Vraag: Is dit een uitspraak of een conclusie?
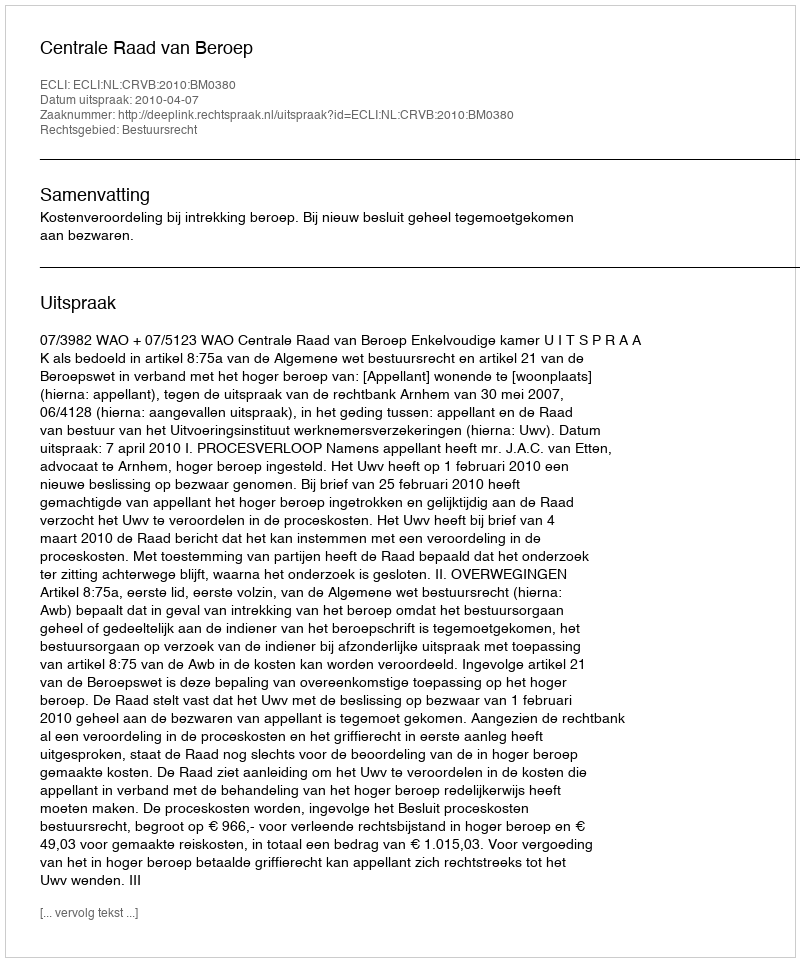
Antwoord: Uitspraak